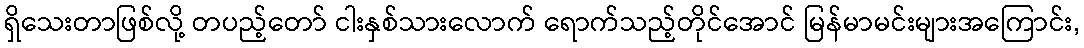
ရှိသေးတာဖြစ်လို့ တပည့်တော် ငါးနှစ်သားလောက် ရောက်သည့်တိုင်အောင် မြန်မာမင်းများအကြောင်း,